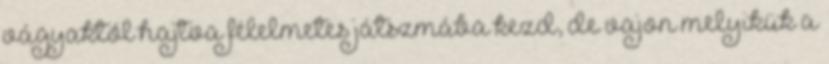
vágyaktól hajtva félelmetes játszmába kezd, de vajon melyikük a